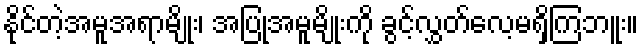
နိုင်တဲ့အမူအရာမျိုး၊ အပြုအမူမျိုးကို ခွင့်လွှတ်လေ့မရှိကြဘူး။